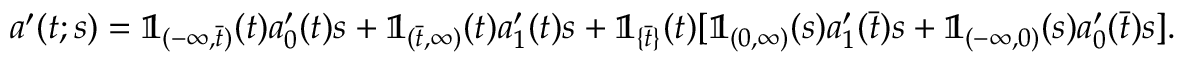
a ^ { \prime } ( t ; s ) = \mathbb { 1 } _ { ( - \infty , \bar { t } ) } ( t ) a _ { 0 } ^ { \prime } ( t ) s + \mathbb { 1 } _ { ( \bar { t } , \infty ) } ( t ) a _ { 1 } ^ { \prime } ( t ) s + \mathbb { 1 } _ { \{ \bar { t } \} } ( t ) [ \mathbb { 1 } _ { ( 0 , \infty ) } ( s ) a _ { 1 } ^ { \prime } ( \bar { t } ) s + \mathbb { 1 } _ { ( - \infty , 0 ) } ( s ) a _ { 0 } ^ { \prime } ( \bar { t } ) s ] .